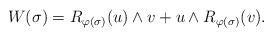
LaTeX: \begin{align*} W(\sigma) = R_{\varphi(\sigma)}(u) \wedge v + u \wedge R_{\varphi(\sigma)}(v) .\end{align*}